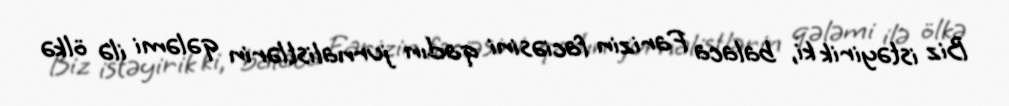
Biz istəyirik ki, balaca Farizin faciəsini qadın jurnalistlərin qələmi ilə ölkə